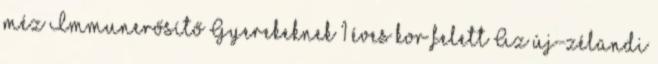
méz Immunerősítő Gyerekeknek 1 éves kor felett Az új-zélandi